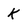
Character: k